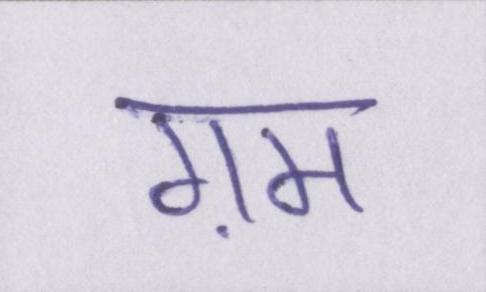
ग़म